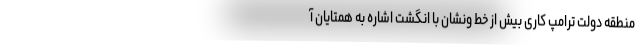
منطقه دولت ترامپ کاری بیش از خط ونشان با انگشت اشاره به همتایان آ